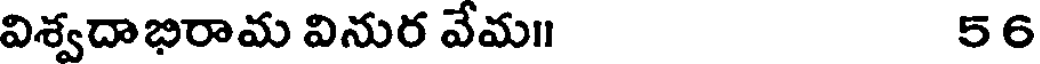
విశ్వదాభిరామ వినుర వేమ॥ 56